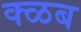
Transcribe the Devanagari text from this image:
क्ळब